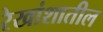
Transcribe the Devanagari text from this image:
रेखांशातील